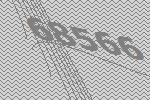
68566